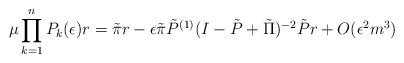
LaTeX: \begin{align*}\mu\prod_{k=1}^{n}P_k(\epsilon)r = \tilde{\pi}r - \epsilon\tilde{\pi}\tilde{P}^{(1)} (I-\tilde{P}+\tilde{\Pi})^{-2}\tilde{P}r + O(\epsilon^2 m^3)\end{align*}